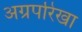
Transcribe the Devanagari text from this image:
अग्रपरिखा